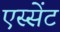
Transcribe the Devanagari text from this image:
एस्सेंट